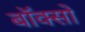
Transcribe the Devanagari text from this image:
बॉक्सो